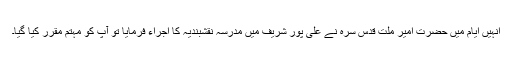
انہیں ایام میں حضرت امیر ملّت قدس سرہ نے علی پور شریف میں مدرسہ نقشبندیہ کا اجراء فرمایا تو آپ کو مہتم مقرر کیا گیا۔